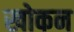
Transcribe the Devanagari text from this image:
खोकन